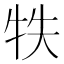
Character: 𤙈